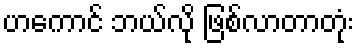
ဟကောင် ဘယ်လို ဖြစ်လာတာတုံး